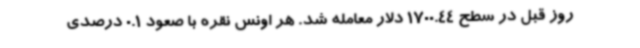
روز قبل در سطح 1700.44 دلار معامله شد. هر اونس نقره با صعود 0.1 درصدی